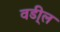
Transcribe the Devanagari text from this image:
वडी्ल